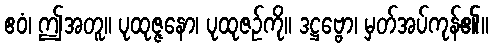
ဧဝံ၊ ဤအတူ။ ပုထုဇ္ဇနော၊ ပုထုဇဉ်ကို။ ဒဋ္ဌဗ္ဗော၊ မှတ်အပ်ကုန်၏။